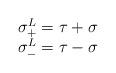
LaTeX: \begin{align*}\begin{array}{ll}\sigma_+^L = \tau + \sigma\\\sigma_-^L = \tau - \sigma\end{array}\end{align*}